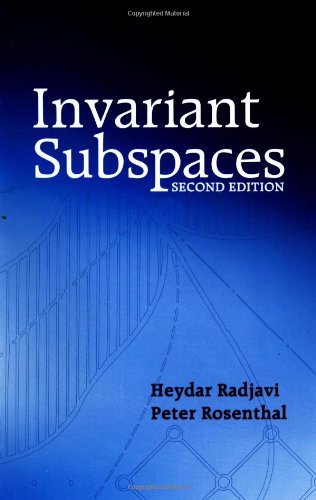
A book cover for Invariant Subspaces (Dover Books on Mathematics); Heydar Radjavi; Science & Math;